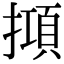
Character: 𢴦